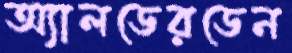
অ্যালডেরডেন